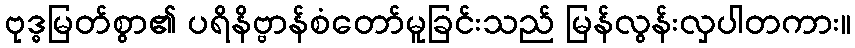
ဗုဒ္ဓမြတ်စွာ၏ ပရိနိဗ္ဗာန်စံတော်မူခြင်းသည် မြန်လွန်းလှပါတကား။